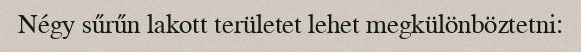
Négy sűrűn lakott területet lehet megkülönböztetni: